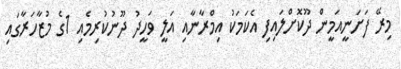
މިރޭ ފަށަނީއަމީން ދޫކޮށްލައިފި އެކަމަކު އިމްރާނާއި އަލީ ވަހީދު ދޫނުކުރިމެއި 1ގެ މުޒާހަރާގައި